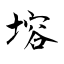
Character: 塎